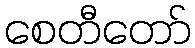
စေတီတော်